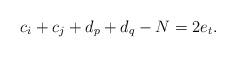
LaTeX: \begin{align*}c_i+c_j+d_p+d_q-N=2e_t.\end{align*}